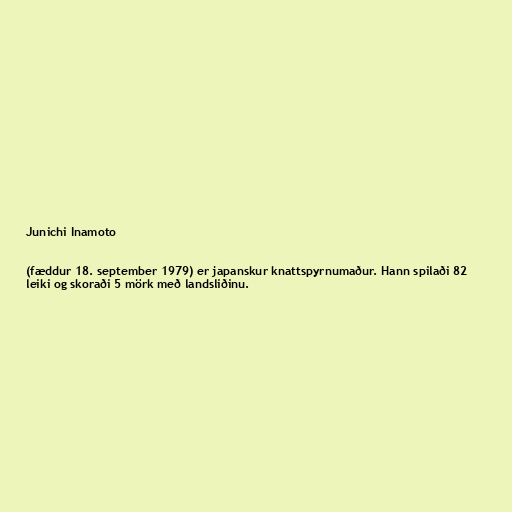
Junichi Inamoto

(fæddur 18. september 1979) er japanskur knattspyrnumaður. Hann spilaði 82
leiki og skoraði 5 mörk með landsliðinu.